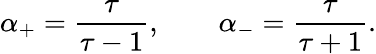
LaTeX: \alpha_{+}={\frac{\tau}{\tau-1}},\qquad\alpha_{-}={\frac{\tau}{\tau+1}}.